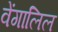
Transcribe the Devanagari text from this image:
वेंगालिल